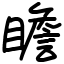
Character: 瞻